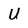
Character: U